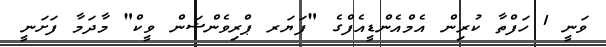
ވަނީ 1 ހަފްތާ ކުރިން އެމްއެންޑީއެފްގެ "ފަޔަރ ޕްރިވެންޝަން ވީކް" މާދަމާ ފަށަނީ